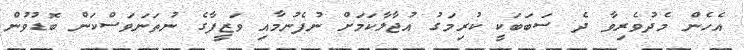
އެހެން މެދުވެރިވާ ދެ ސަބަބަކީ ކުރިމަގު އުޖާލާކަމަށް ނުފެނުމާއި ވަޒީފާގެ ނުތަނަވަސްކަން ބޮޑުވުން